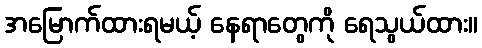
အမြောက်ထားရမယ့် နေရာတွေကို ရေသွယ်ထား။